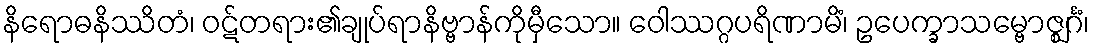
နိရောဓနိဿိတံ၊ ဝဋ်တရား၏ချုပ်ရာနိဗ္ဗာန်ကိုမှီသော။ ဝေါဿဂ္ဂပရိဏာမိံ၊ ဥပေက္ခာသမ္ဗောဇ္ဈင်္ဂံ၊